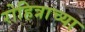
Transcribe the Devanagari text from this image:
रोहित्राच्या